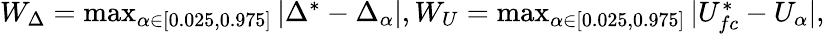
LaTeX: \begin{array}{r}{W_{\Delta}=\operatorname*{max}_{\alpha\in[0.025,0.975]}|\Delta^{*}-\Delta_{\alpha}|,W_{U}=\operatorname*{max}_{\alpha\in[0.025,0.975]}|U_{fc}^{*}-U_{\alpha}|,}\end{array}